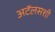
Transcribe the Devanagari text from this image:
अटॅलसशी